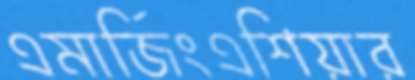
এমার্জিংএশিয়ার